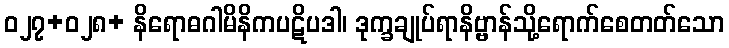
ဝ၂၇+၀၂၈+ နိရောဓဂါမိနိကပဋိပဒါ၊ ဒုက္ခချုပ်ရာနိဗ္ဗာန်သို့ရောက်စေတတ်သော